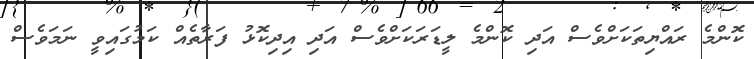
ކޮންމެ ރައްޔިތަކަށްވެސް އަދި ކޮންމެ ލީޑަރަކަށްވެސް އަދި އިދިކޮޅު ފަރާތެއް ކަމުގައިވީ ނަމަވެސް